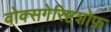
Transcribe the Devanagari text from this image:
वोक्सगेरिष्टशोफ़